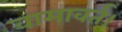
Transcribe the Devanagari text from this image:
वामावर्त।